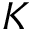
K